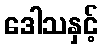
ဒေါသနှင့်